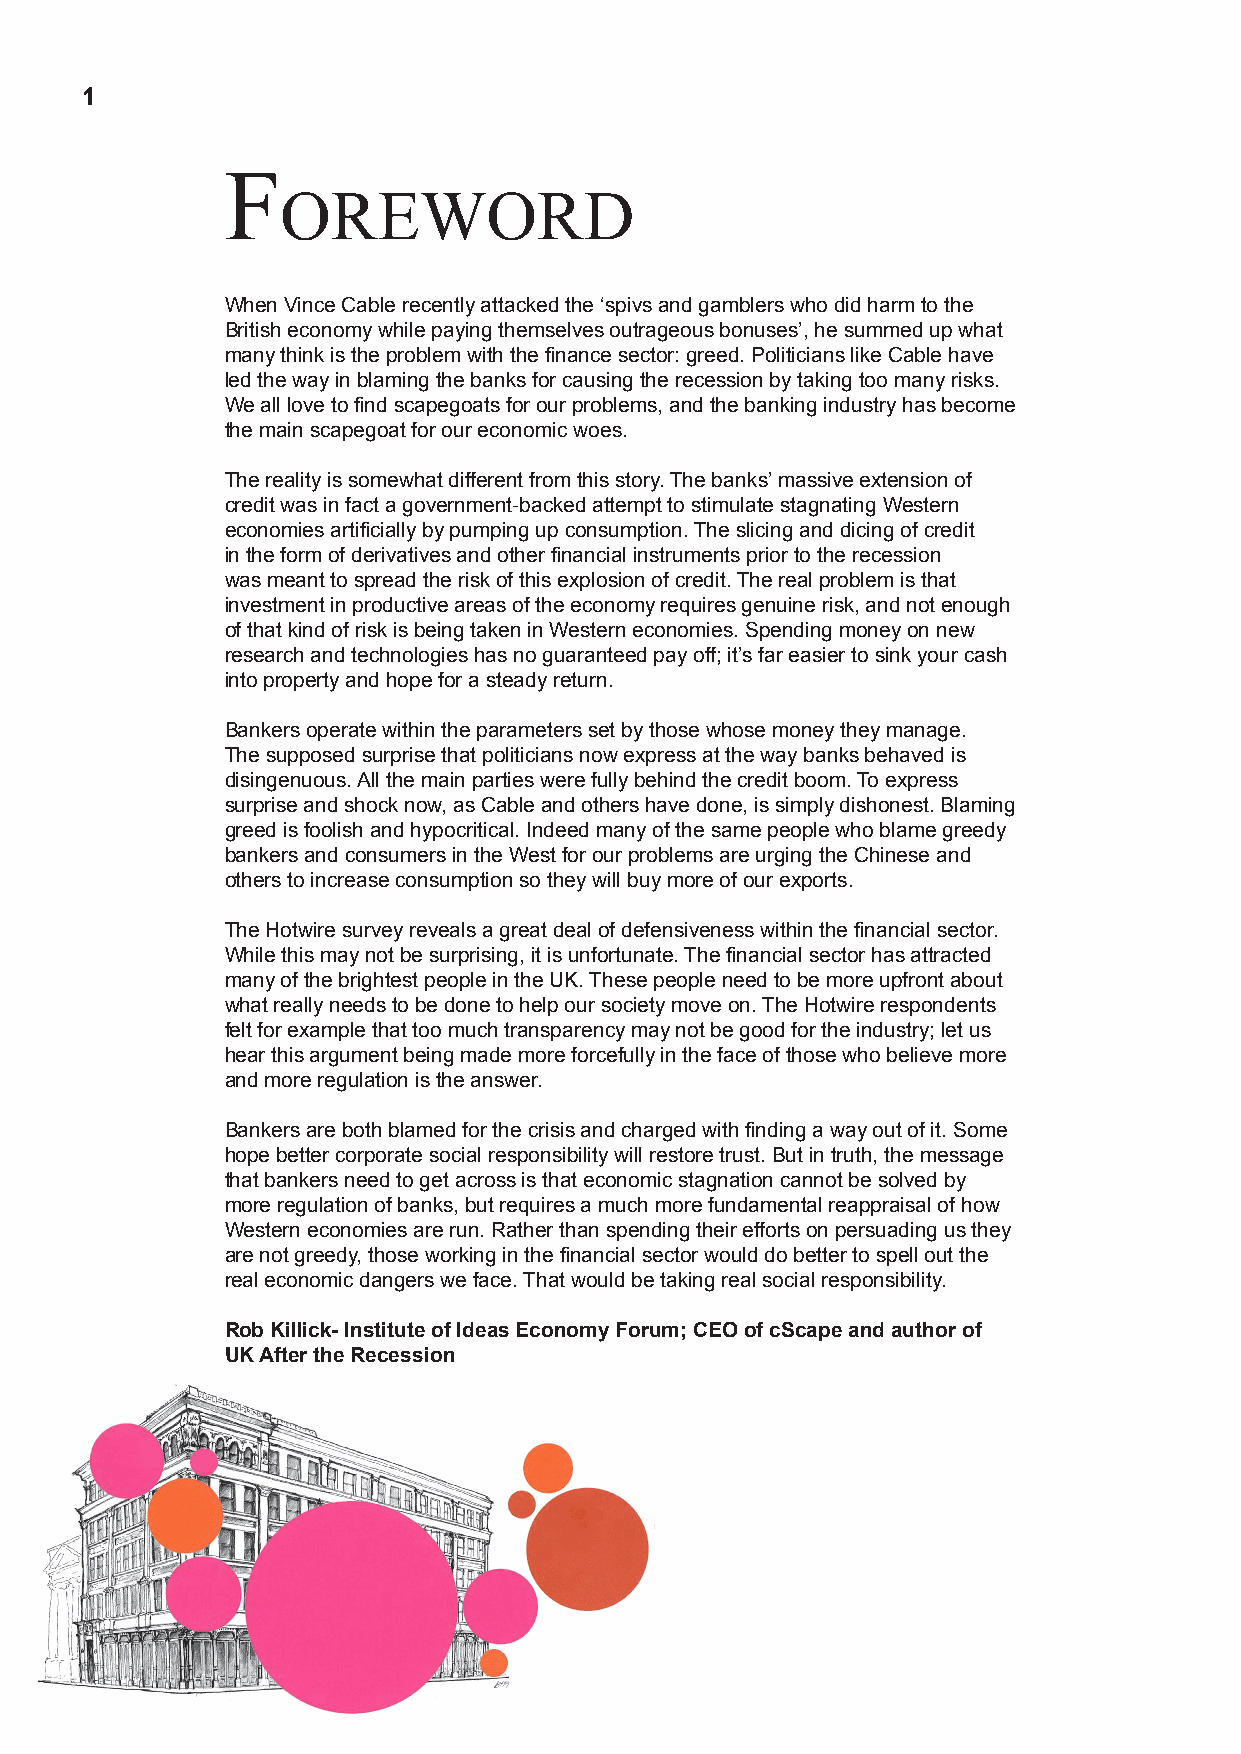
1
 F
 oreword
 When Vince Cable recently attacked the ‘spivs and gamblers who did harm to the
 British economy while paying themselves outrageous bonuses’, he summed up what
 many think is the problem with the finance sector: greed. Politicians like Cable have
 led the way in blaming the banks for causing the recession by taking too many risks.
 We all love to find scapegoats for our problems, and the banking industry has become
 the main scapegoat for our economic woes.
 The reality is somewhat different from this story. The banks’ massive extension of
 credit was in fact a government-backed attempt to stimulate stagnating Western
 economies artificially by pumping up consumption. The slicing and dicing of credit
 in the form of derivatives and other financial instruments prior to the recession
 was meant to spread the risk of this explosion of credit. The real problem is that
 investment in productive areas of the economy requires genuine risk, and not enough
 of that kind of risk is being taken in Western economies. Spending money on new
 research and technologies has no guaranteed pay off; it’s far easier to sink your cash
 into property and hope for a steady return.
 Bankers operate within the parameters set by those whose money they manage.
 The supposed surprise that politicians now express at the way banks behaved is
 disingenuous. All the main parties were fully behind the credit boom. To express
 surprise and shock now, as Cable and others have done, is simply dishonest. Blaming
 greed is foolish and hypocritical. Indeed many of the same people who blame greedy
 bankers and consumers in the West for our problems are urging the Chinese and
 others to increase consumption so they will buy more of our exports.
 The Hotwire survey reveals a great deal of defensiveness within the financial sector.
 While this may not be surprising, it is unfortunate. The financial sector has attracted
 many of the brightest people in the UK. These people need to be more upfront about
 what really needs to be done to help our society move on. The Hotwire respondents
 felt for example that too much transparency may not be good for the industry; let us
 hear this argument being made more forcefully in the face of those who believe more
 and more regulation is the answer.
 Bankers are both blamed for the crisis and charged with finding a way out of it. Some
 hope better corporate social responsibility will restore trust. But in truth, the message
 that bankers need to get across is that economic stagnation cannot be solved by
 more regulation of banks, but requires a much more fundamental reappraisal of how
 Western economies are run. Rather than spending their efforts on persuading us they
 are not greedy, those working in the financial sector would do better to spell out the
 real economic dangers we face. That would be taking real social responsibility.
 Rob Killick- Institute of Ideas Economy Forum; CEO of cScape and author of
 UK After the Recession